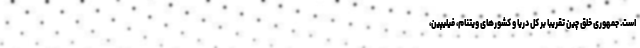
است. جمهوری خلق چین تقریبا بر کل دریا و کشورهای ویتنام، فیلیپین،